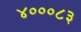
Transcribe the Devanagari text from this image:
४०००८३